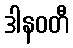
ဒါနဝတီ